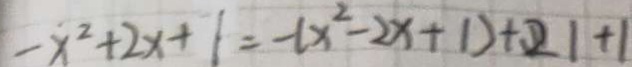
- x ^ { 2 } + 2 x + 1 = - ( x ^ { 2 } - 2 x + 1 ) + 2 1 + 1